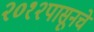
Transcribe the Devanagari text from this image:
२०१२पासूनचे